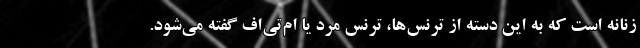
زنانه است که به این دسته از ترنس‌ها، ترنس مرد یا ام‌تی‌اف گفته می‌شود.